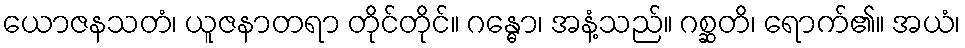
ယောဇနသတံ၊ ယူဇနာတရာ တိုင်တိုင်။ ဂန္ဓော၊ အနံ့သည်။ ဂစ္ဆတိ၊ ရောက်၏။ အယံ၊